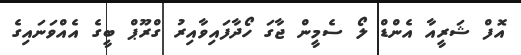
އޮފް ޝަރީއާ އެންޑް ލޯ ސެމީން ޖާގަ ހޯދާފައިވާއިރު ގްރޫޕް ބީގެ އެއްވަނައިގެ